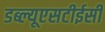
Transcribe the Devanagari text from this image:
डब्ल्यूएसटीईसी